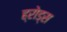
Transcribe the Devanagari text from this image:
ह्रोड्स